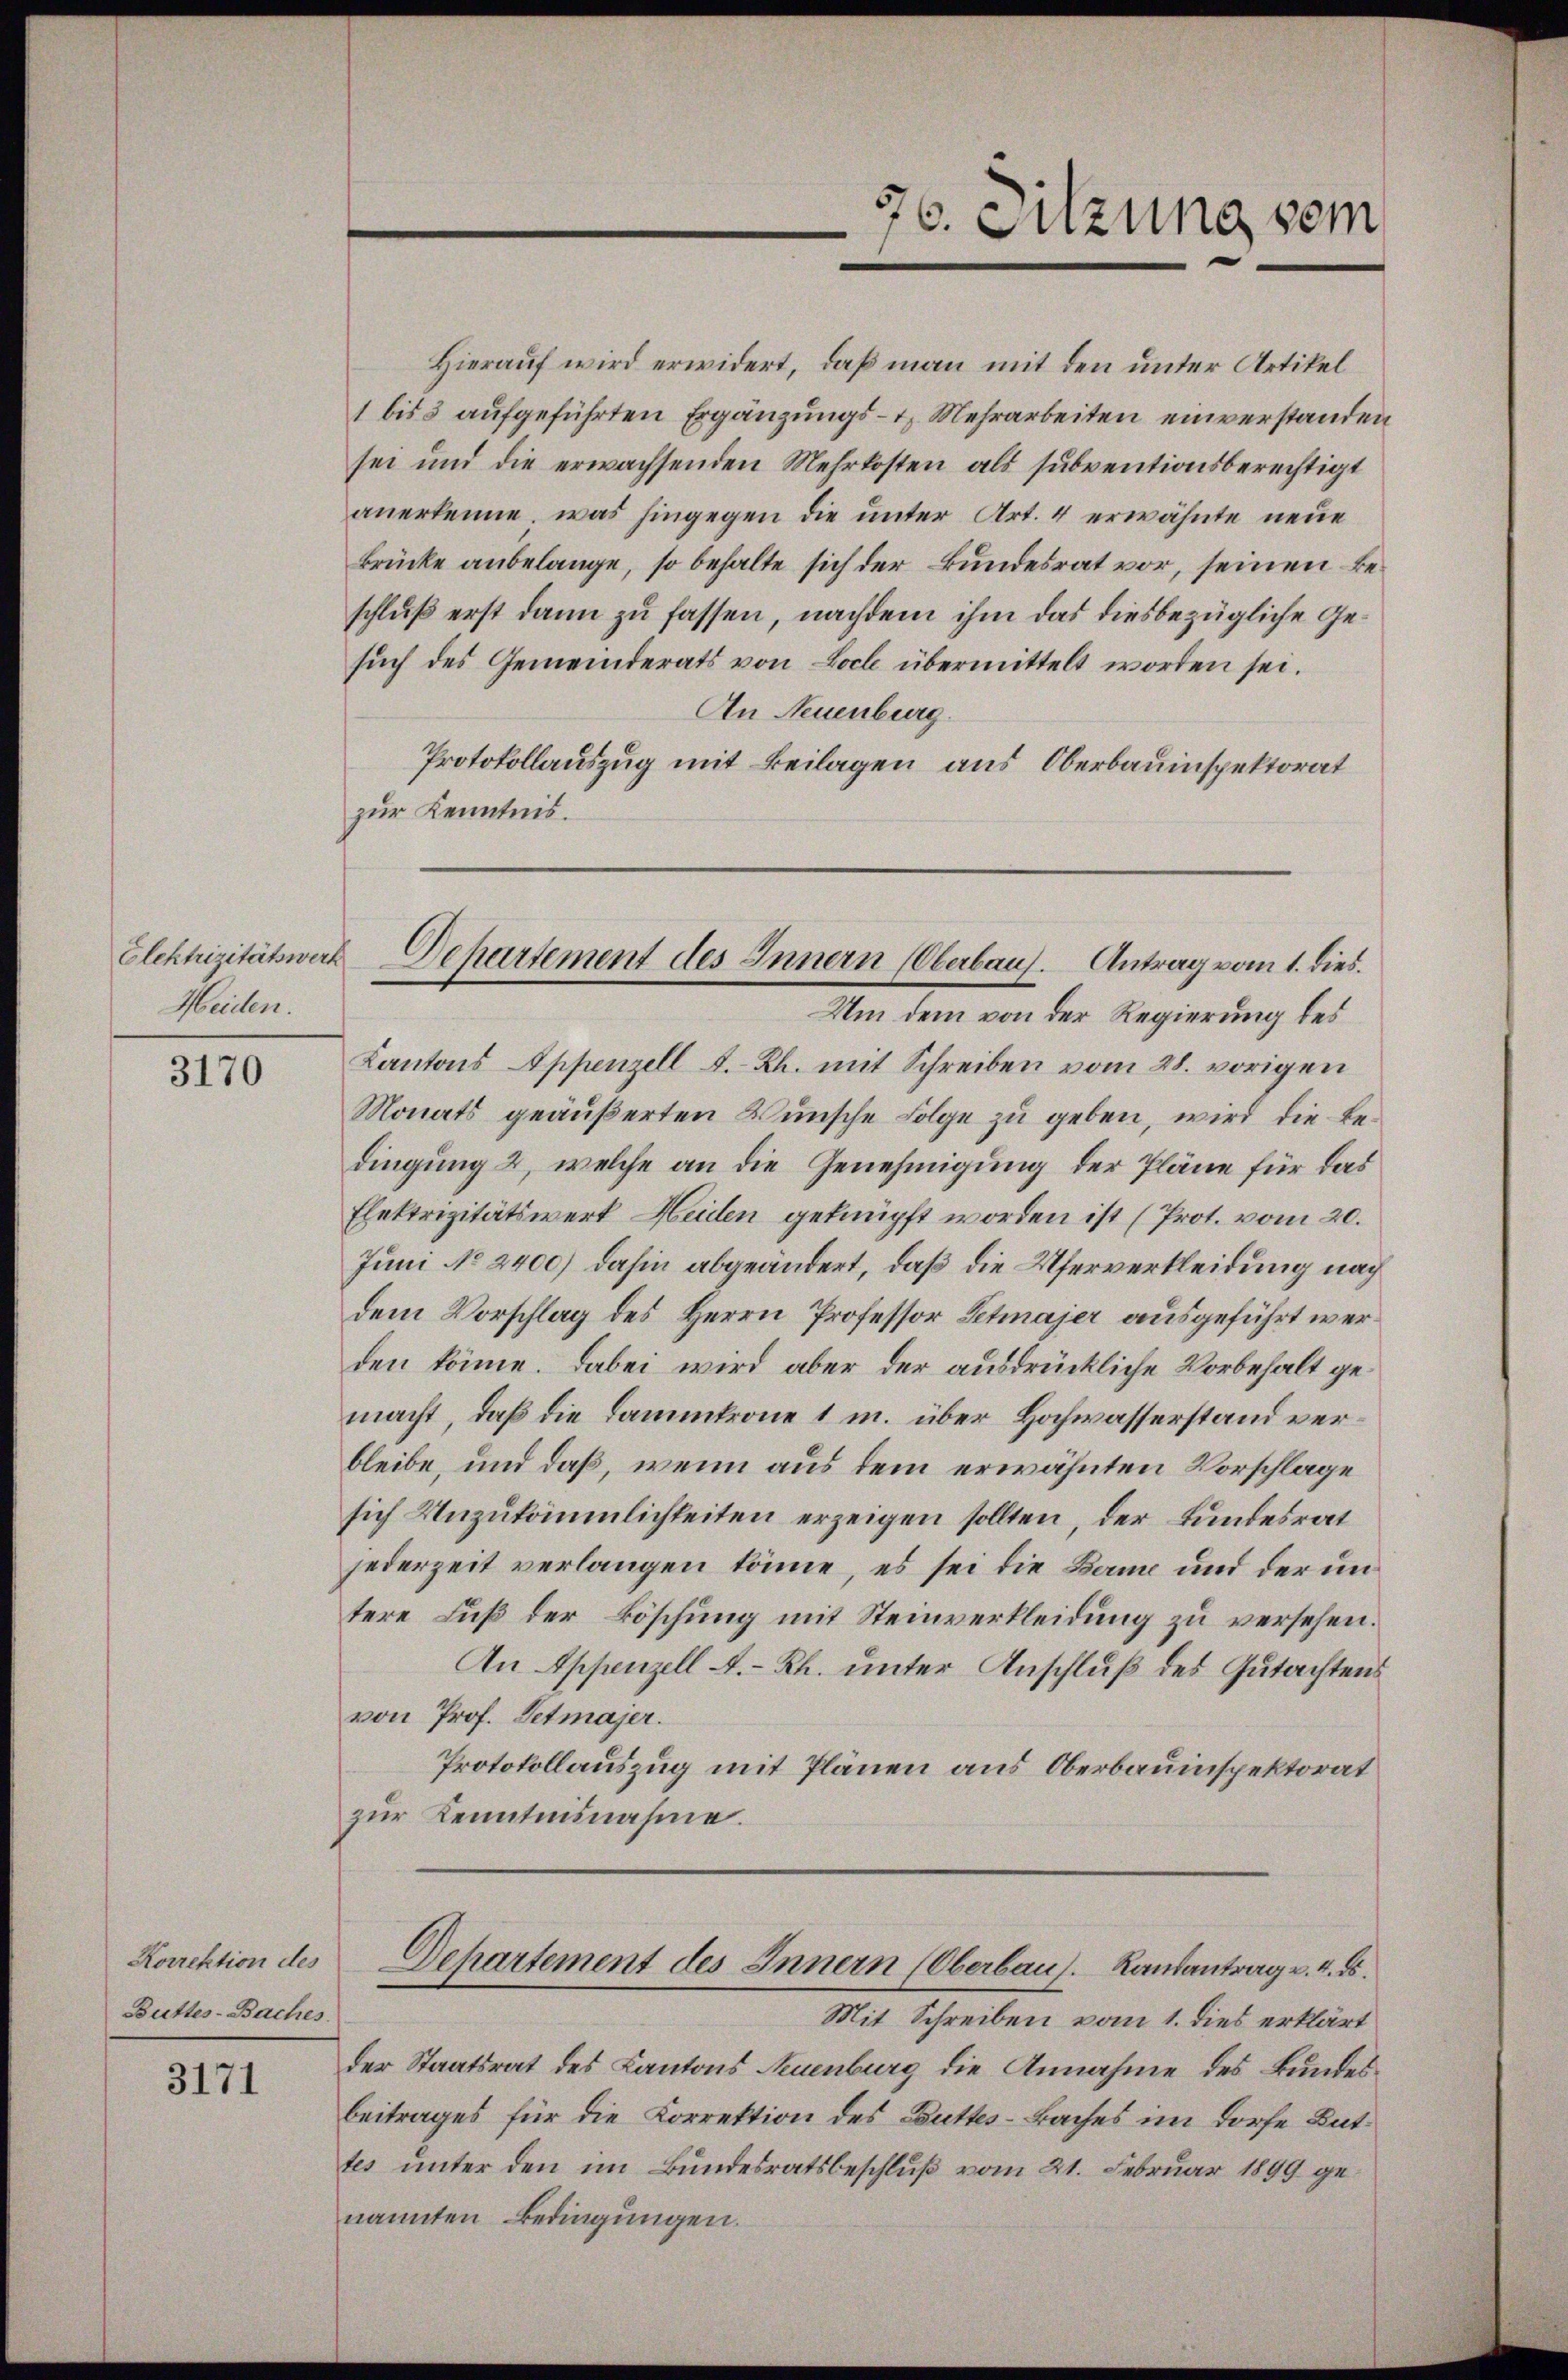
Heiden.

3170

Korrektion des
Butter-Baches.

3171

Hierauf wird erwidert, daß man mit den unter Artikel
1 bis 3 aufgeführten Ergänzungs- u. Mehrarbeiten einverstanden
sei und die erwachsenden Mehrkosten als subventionsberechtigt
anerkenne, was hingegen die unter Art. 4 erwähnte neue
Brücke anbelange, so behalte sich der Bundesrat vor, seinen Beschluß erst dann zu fassen, nachdem ihm das diesbezügliche Gesŭch des Gemeinderats von Loch übermittelt worden sei.
An Neuenburg.
Protokollauszug mit Beilagen aus Oberbauinspektorat
zur Kenntnis.

76. Sitzung vom

Kantons Appenzell A.-Rh. mit Schreiben vom 28. vorigen
Monats geäußerten Wünsche Folge zu geben, wird die Bedingung 2, welche an die Genehmigung der Pläne für das
Elektrizitätswert Heiden geknüpft worden ist (Prot. vom 20.
Juni No 2400) dahin abgeändert, daß die Uferverkleidung nach
dem Vorschlag des Herrn Professor Petmajer ausgeführt werden könne. Dabei wird aber der ausdrückliche Vorbehalt gemacht, daß die Dammkrone 1 m. über Hochwasserstand verbleibe, und daß, wenn aus dem erwähnten Vorschlage
sich Unzukömmlichkeiten erzeigen sollten, der Bundesrat
jederzeit verlangen könne, es sei die Banne und der untere Fuß der Böschung mit Steinverkleidung zu versehen.
An Appenzell A.-Rh. unter Anschluß des Gutachtens
von Prof. Detmajer.
Protokollauszug mit Plänen aus Oberbauinspektorat
zur Kenntnisnahme.
Departement des Innern (Oberbaus Rautantrag v. 4. ds.
Mit Schreiben vom 1. dies erklärt
der Staatsrat des Kantons Neuenburg die Annahme des Bundesbeitrages für die Korrektion des Buttes-Baches im Dorfe Buttes unter den im Bundesratsbeschluß vom 21. Februar 1899 genannten Bedingungen.

Elektrizitätswerk Departement des Innern (Oberbaus Antrag vom 1. dies
Um dem von der Regierung des